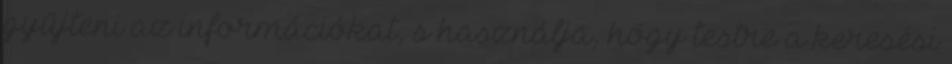
gyűjteni az információkat, s használja, hogy testre a keresési